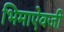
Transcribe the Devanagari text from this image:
भिमाऐवजी